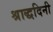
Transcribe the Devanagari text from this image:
श्राद्धदिनी